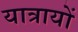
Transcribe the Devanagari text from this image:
यात्रायों